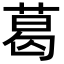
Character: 葛